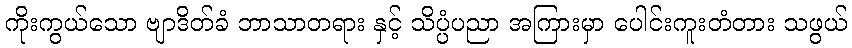
ကိုးကွယ်သော ဗျာဒိတ်ခံ ဘာသာတရား နှင့် သိပ္ပံပညာ အကြားမှာ ပေါင်းကူးတံတား သဖွယ်